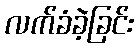
လက်ခံခဲ့ခြင်း